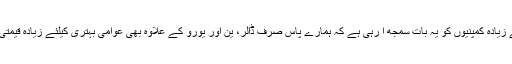
درحقیقت زیادہ سے زیادہ کمپنیوں کو یہ بات سمجھ آ رہی ہے کہ ہمارے پاس صرف ڈالر، ین اور یورو کے علاوہ بھی عوامی بہتری کیلئے زیادہ قیمتی چیزیں موجود ہیں۔